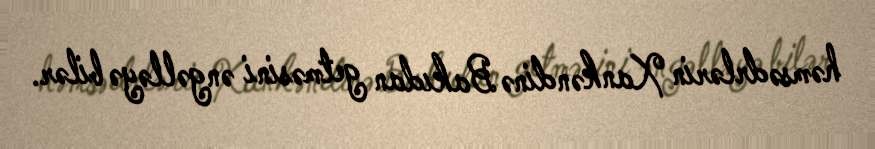
həmsədrlərin Xankəndinə Bakıdan getməsini əngəlləyə bilər.